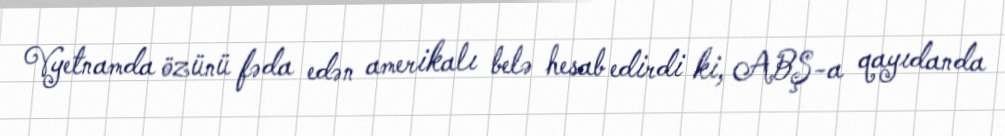
Vyetnamda özünü fəda edən amerikalı belə hesab edirdi ki, ABŞ-a qayıdanda